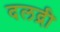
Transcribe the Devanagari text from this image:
दलद्री